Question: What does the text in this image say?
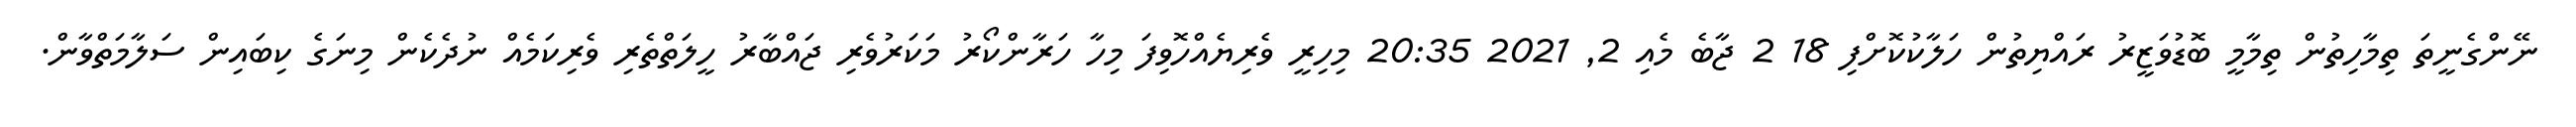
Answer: ނޭންގެނީތަ ތިމާހިތުން ތިމާމީ ބޮޑުވަޒީރު ރައްޔިތުން ހަލާކުކޮށްފި 18 2 ޖާބެ މެއި 2, 2021 20:35 މިހިރީ ވެރިޔެއްހޮވިފަ މިހާ ހަރާންކޯރު މަކަރުވެރި ޖައްބާރު ހީލަތްތެރި ވެރިކަމެއް ނުދެކެން މިނަގެ ކިބައިން ސަލާމަތްވާން.